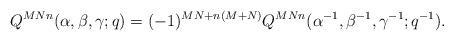
LaTeX: \begin{align*}Q^{MNn}(\alpha,\beta,\gamma;q)=(-1)^{MN+n(M+N)}Q^{MNn}(\alpha^{-1},\beta^{-1},\gamma^{-1};q^{-1}). \end{align*}